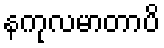
နကုလမာတာပိ